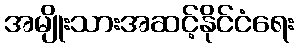
အမျိုးသားအဆင့်နိုင်ငံရေး